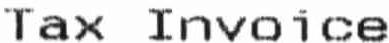
TAX INVOICE